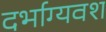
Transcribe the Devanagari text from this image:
दर्भाग्यवश